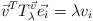
LaTeX: \begin{align*}\vec{v}^T T_\lambda^{\vec{v}} \vec{e_i} = \lambda v_i\end{align*}